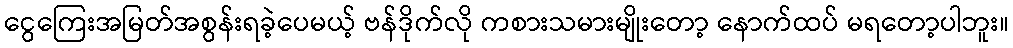
ငွေကြေးအမြတ်အစွန်းရခဲ့ပေမယ့် ဗန်ဒိုက်လို ကစားသမားမျိုးတော့ နောက်ထပ် မရတော့ပါဘူး။